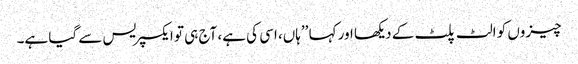
چیزوں کو الٹ پلٹ کے دیکھا اور کہا ’’ہاں، اسی کی ہے، آج ہی تو ایکسپریس سے گیا ہے۔